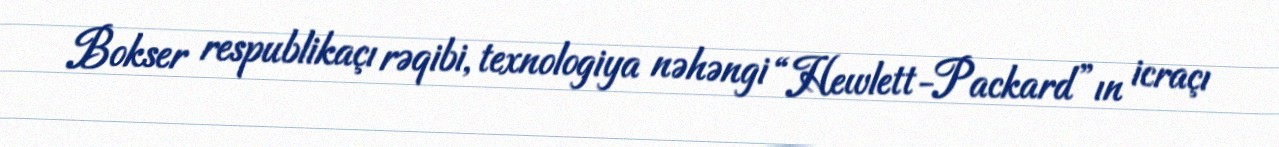
Bokser respublikaçı rəqibi, texnologiya nəhəngi “Hewlett-Packard”ın icraçı